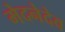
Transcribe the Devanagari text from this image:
मेदनेदेव